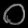
Digit: ၀